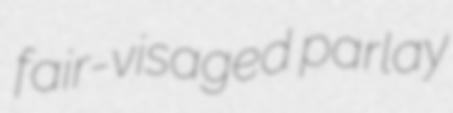
fair-visaged parlay